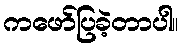
ကဖော်ပြခဲ့တာပါ။